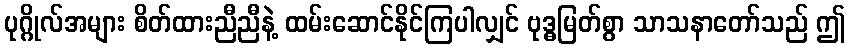
ပုဂ္ဂိုလ်အများ စိတ်ထားညီညီနဲ့ ထမ်းဆောင်နိုင်ကြပါလျှင် ဗုဒ္ဓမြတ်စွာ သာသနာတော်သည် ဤ